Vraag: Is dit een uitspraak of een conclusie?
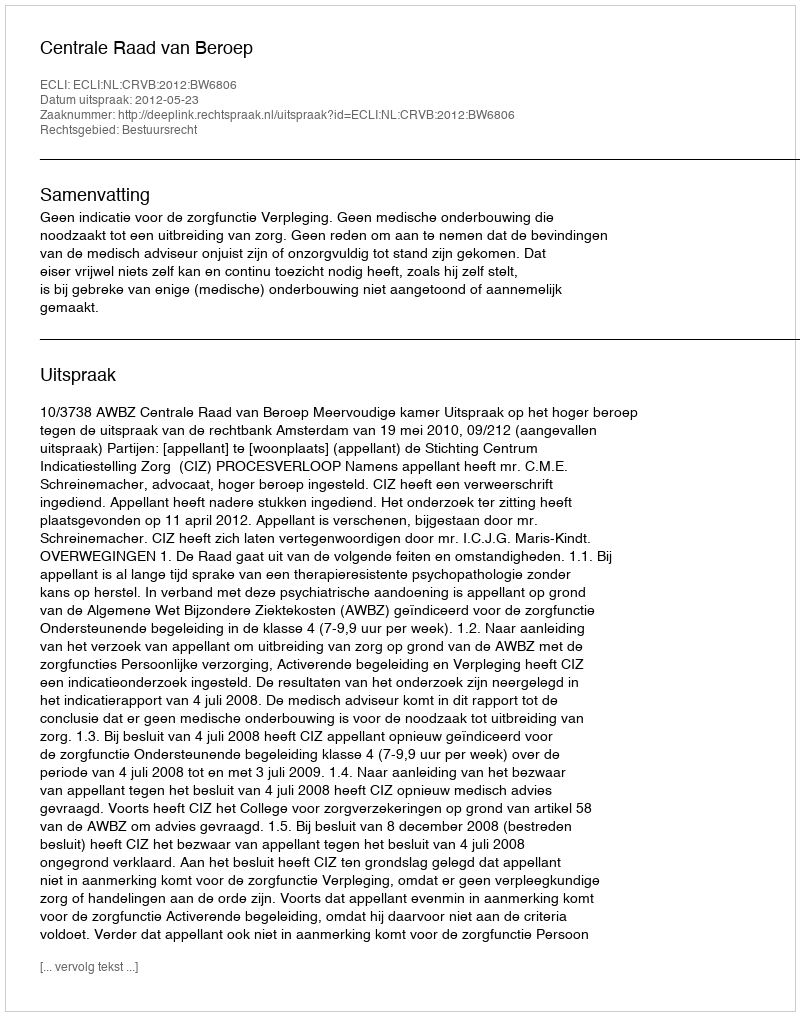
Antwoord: Uitspraak